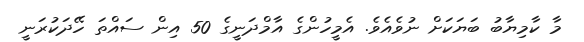
މާ ކާމިޔާބު ބަޔަކަށް ނުވެއެވެ. އެމީހުންގެ އާމްދަނީގެ 50 އިން ސައްތަ ހޭދަކުރަނީ